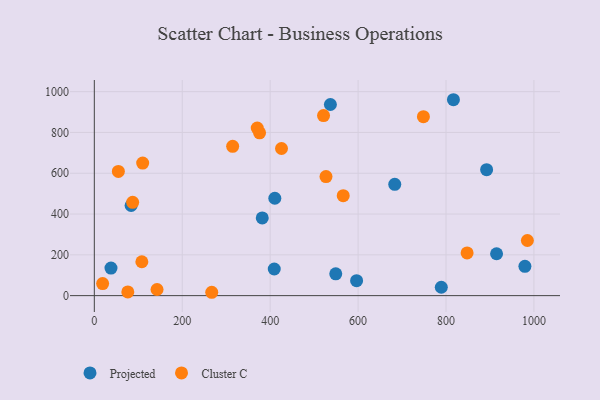
{"axis": {"x": "Ad Spend", "y": "Yield"}, "legend": ["Cluster C", "Projected"], "data": [{"x": "549.2", "y": 107.0, "type": "Projected"}, {"x": "537.0", "y": 936.9, "type": "Projected"}, {"x": "892.4", "y": 617.4, "type": "Projected"}, {"x": "409.3", "y": 130.7, "type": "Projected"}, {"x": "816.9", "y": 960.4, "type": "Projected"}, {"x": "683.4", "y": 545.9, "type": "Projected"}, {"x": "915.0", "y": 205.3, "type": "Projected"}, {"x": "979.5", "y": 143.7, "type": "Projected"}, {"x": "37.9", "y": 135.1, "type": "Projected"}, {"x": "410.6", "y": 477.5, "type": "Projected"}, {"x": "596.6", "y": 73.3, "type": "Projected"}, {"x": "789.3", "y": 41.2, "type": "Projected"}, {"x": "382.0", "y": 380.8, "type": "Projected"}, {"x": "83.7", "y": 441.9, "type": "Projected"}, {"x": "848.0", "y": 209.2, "type": "Cluster C"}, {"x": "748.6", "y": 877.4, "type": "Cluster C"}, {"x": "425.8", "y": 721.2, "type": "Cluster C"}, {"x": "375.9", "y": 798.3, "type": "Cluster C"}, {"x": "87.2", "y": 457.5, "type": "Cluster C"}, {"x": "985.1", "y": 270.2, "type": "Cluster C"}, {"x": "76.2", "y": 18.3, "type": "Cluster C"}, {"x": "108.1", "y": 166.1, "type": "Cluster C"}, {"x": "18.9", "y": 59.3, "type": "Cluster C"}, {"x": "314.7", "y": 731.9, "type": "Cluster C"}, {"x": "267.1", "y": 16.5, "type": "Cluster C"}, {"x": "566.2", "y": 490.0, "type": "Cluster C"}, {"x": "521.4", "y": 882.5, "type": "Cluster C"}, {"x": "110.0", "y": 649.7, "type": "Cluster C"}, {"x": "370.6", "y": 821.6, "type": "Cluster C"}, {"x": "527.0", "y": 583.6, "type": "Cluster C"}, {"x": "142.7", "y": 30.1, "type": "Cluster C"}, {"x": "54.7", "y": 608.9, "type": "Cluster C"}]}